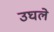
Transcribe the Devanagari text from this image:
उघले